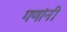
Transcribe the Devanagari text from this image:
गणांनी